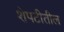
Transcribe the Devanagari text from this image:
शेपटीतील